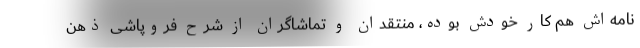
نامه‌اش هم کار خودش بوده، منتقدان و تماشاگران از شرح فروپاشی ذهن